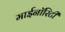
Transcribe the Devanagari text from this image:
माईनॉरिटी